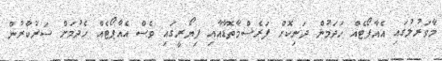
މާވަރުލުގައި އެއާޕޯޓެއް ހަދަމުން ދަނިކޮށް ފަރެސްމާތޮޑާއާއި ފިޔޯރީގައި ވެސް އެއާޕޯޓެއް ހެދުމަށް ސަރުކާރުން